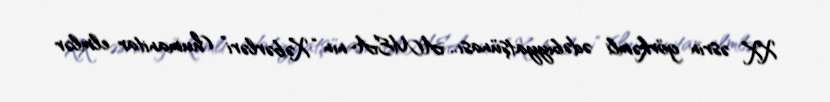
XX əsrin görkəmli ədəbiyyatşünası.. AMEA-nın “Xəbərləri” (humanitar elmlər